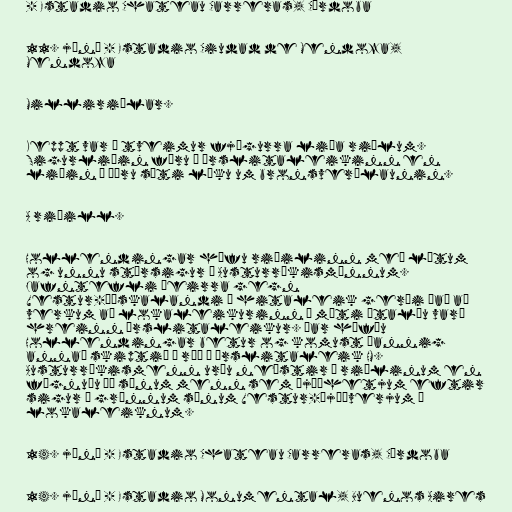
- Estadio Chateau Carreras, Córdoba

11. júní - Estadio Ciudad de Mendoza,
Mendoza

Milliriðlar.

Keppt var í tveimur fjögurra liða riðlum.
Sigurliðin fóru í úrslitaleikinn en
liðin í öðru sæti léku um bronsverðlaunin.

A riðill.

Hollendingar hófu riðilinn með látum
og unnu stórsigur á Austurríkismönnum.
Jafntefli þeirra gegn
Vestur-Þýskalandi í hitaleik gerði það að
verkum að lokaleikurinn á móti Ítalíu varð
hreinn úrslitaleikur. Þar höfðu
Hollendingar betur og komust þannig
annað skiptið í röð í úrslitaleik HM.
Austurríkismenn urðu neðstir í riðlinum en
fögnuðu þó sínum menn sem þjóðhetjum eftir
sigur á grönnum sínum Vestur-Þjóðverjum í
lokaleiknum.

14. júní - Estadio Chateau Carreras, Córdoba

14. júní - Estadio Monumental, Buenos Aires